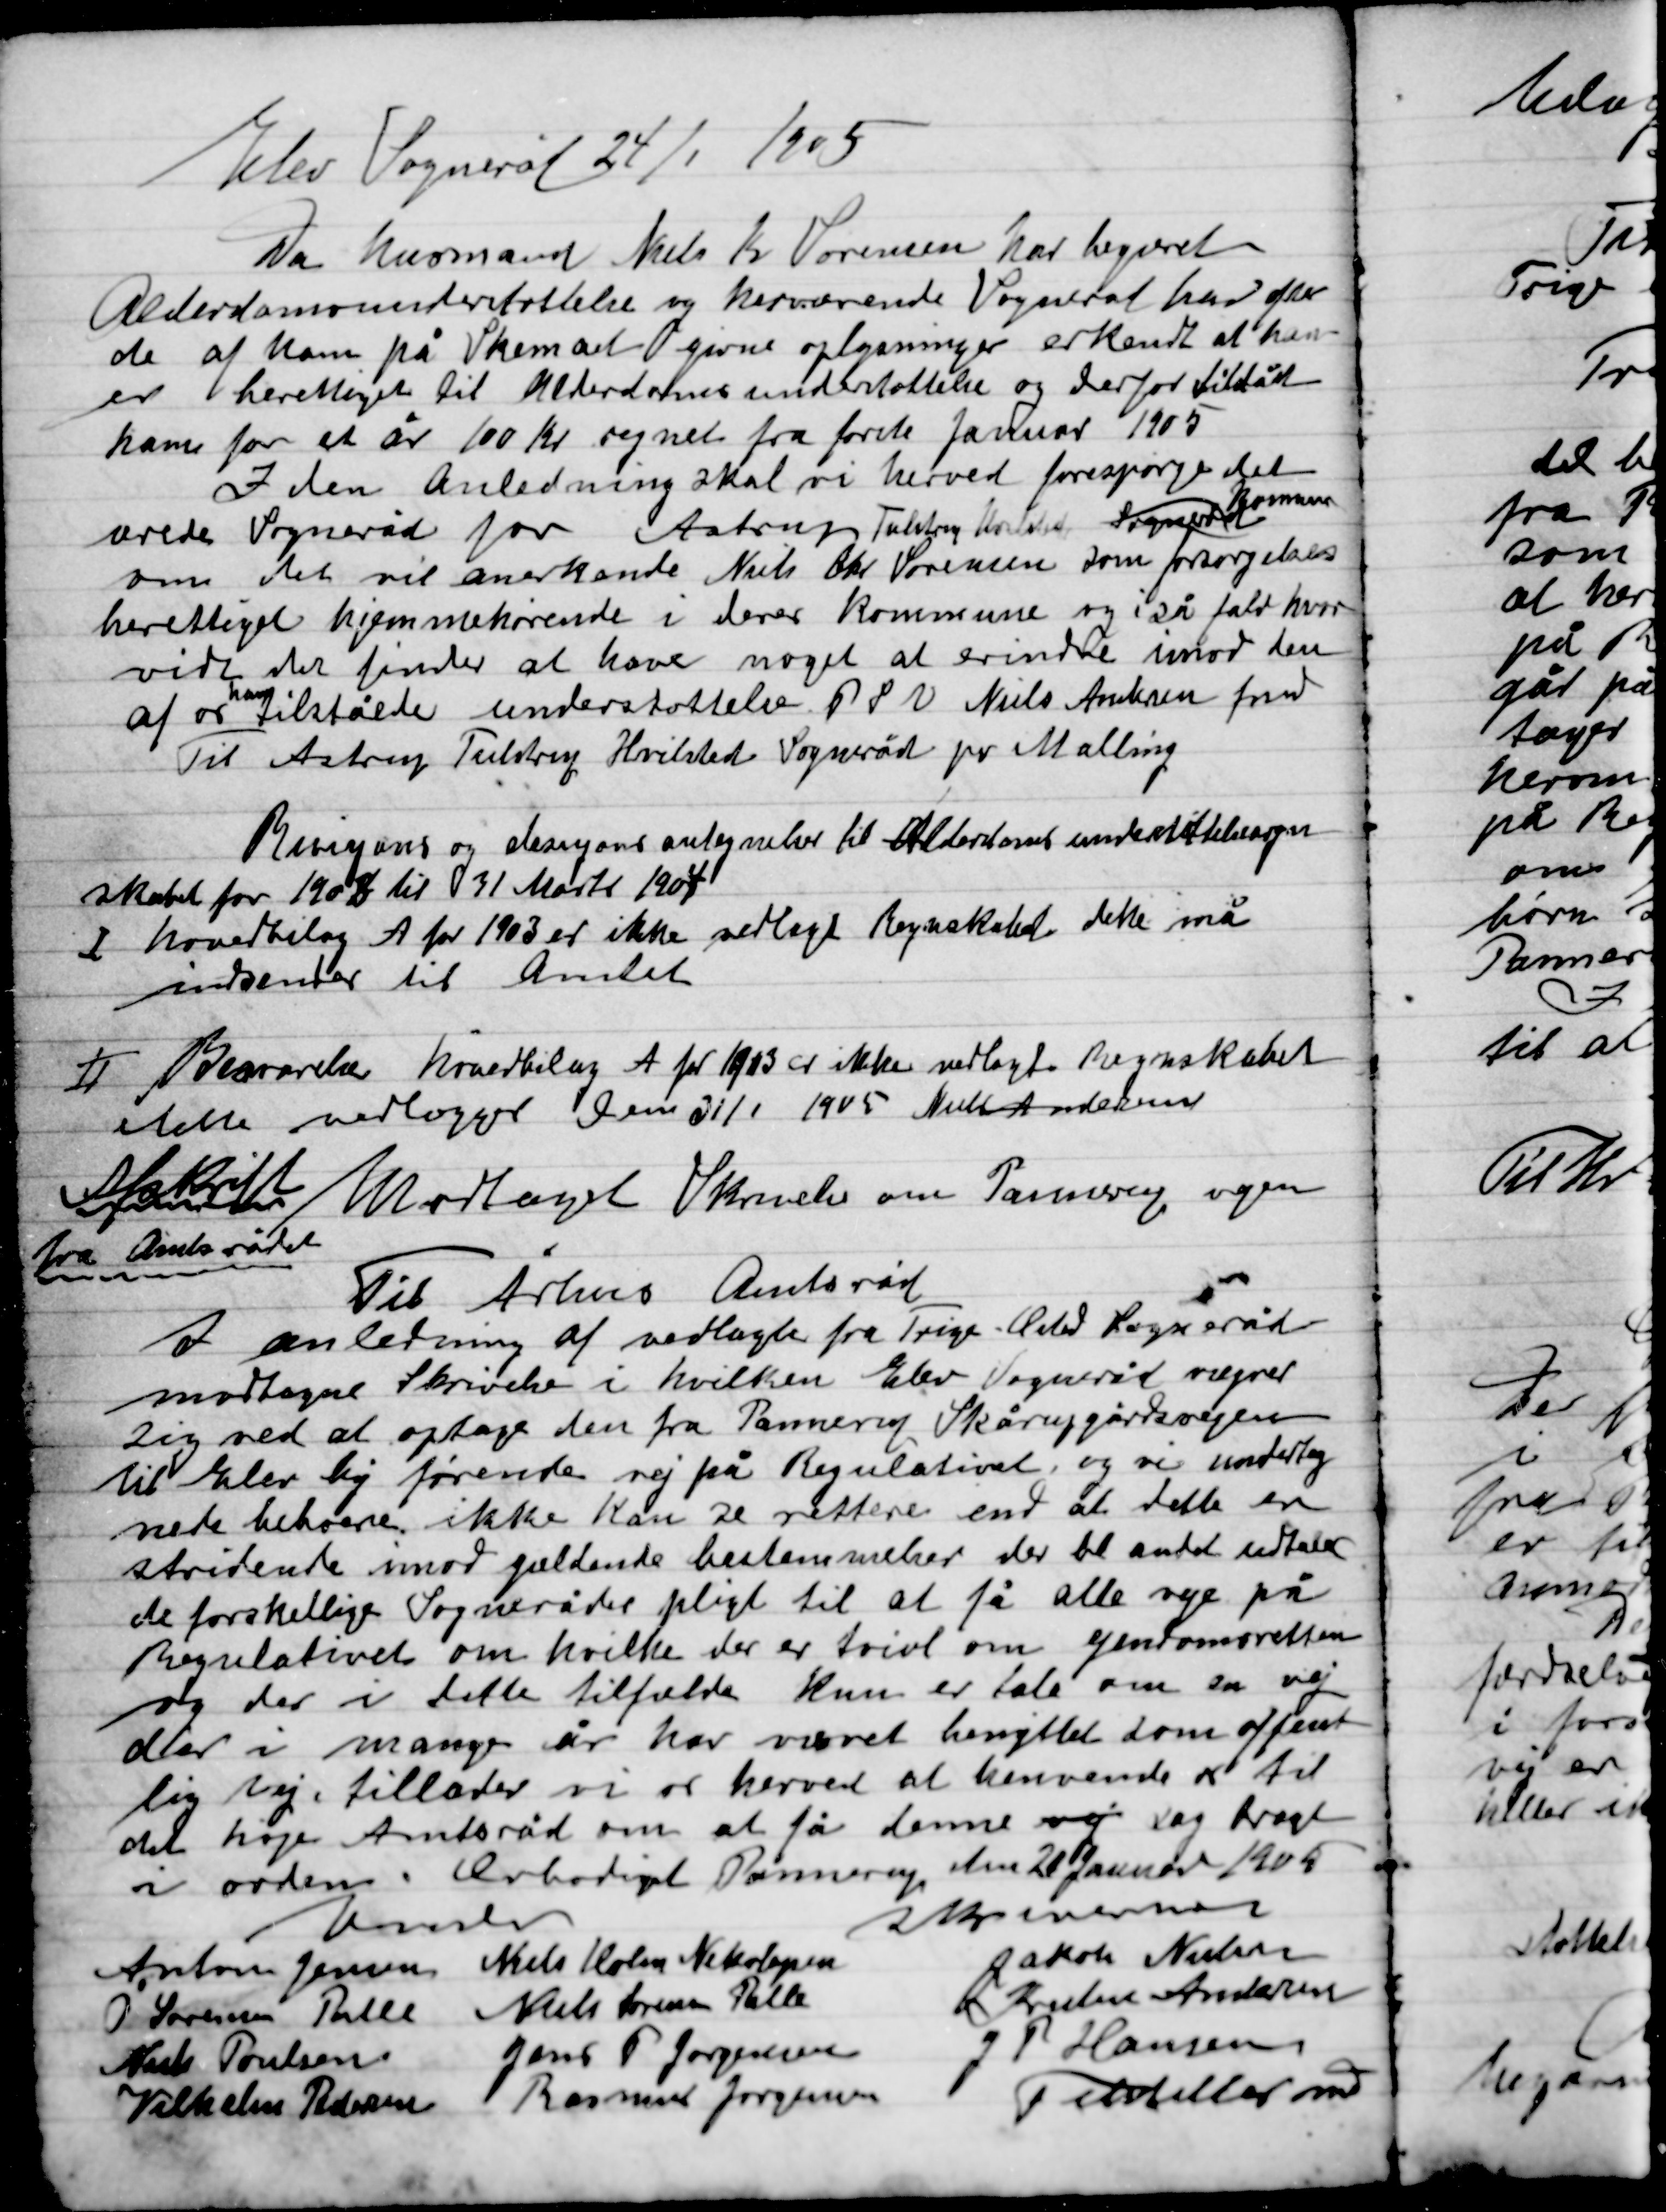
Transskription:
Elev Sogneråd 24/1 1905
Da Husmand Niels Kr. Sørensen har begæret
Alderdomsunderstøttelse og herværende Sogneråd har flere
de af ham på Skemaet givne oplysninger erkendt at han
er berettiget til Alderdomsunderstøttelse og derfor tilstår
ham for et år 100 Kr. regnet fra første Januar 1905
I den Anledning skal vi herved forespørge det
Ærede Sogneråd for Aastrup Tulstrup Hvilsted Sogneråd Kommune
om det vil anerkende Niels Chr. Sørensen som forsørgelses
berettiget hjemmehørende i deres kommune og i så fald hvor-
vidt der finder at have noget at erindre imod den
af os
ham
tilståede understøttelse.
P.S.V. Niels Andersen Fmd.
Til Aastrup Tulstrup Hvilsted sogneråd pr Malling

Begæring og desangående antegnelse til Alderdomsunderstøttelse
Skabet for 1902 til 31 Marts 1904

I

Hovedbilag A for 1903 er ikke vedtaget Regnskabet dette må
Indsendes til Amtet.

II

Besvarelse Hovedbilag A for 1903 er ikke vedtaget Regnskabet
Dette vedlægges Den 31/1 1905 Niels Andersen

Afskrift Modtaget Skrivelse om Pannerup vejen
Fra Amtsrådet

Til Århus Amtsråd
I anledning af vedlagte fra Trige Elsted Sogneråd
Modtaget Skrivelse i hvilken Elev Sogneråd rejser
sig ved at optage den fra Pannerup Skårupgårdvejen
Til Elev Vejen førende vej på Regulativet og vi underteg-
nede beboere ikke kan se rettere end at dette er
Stridende imod gældende bestemmelser der bl. Andet udtaler
de forskellige Sognerådets pligt til at få alle veje på
Regulativet om hvilke der er tvivl om genovervejelse
Sig der i dette tilfælde kun er tale om en vej
Der i mange år har været benyttet som offent-
lig vej tillader vi os herved at henvende os til
det høje amtsråd om at få denne vej sag bragt
i orden. Ærbødigst Pannerup den 20 Januar 1905
Vinter
Skriverne

Anton Jensen
Niels Holm Nekolajsen
Jakob Nielsen
O Sørensen Palle
Niels Sørensen Palle
Kresten Andersen
Niels Poulsen
Jens F. Jørgensen
J.P. Hansen
Vilhelm Pedersen
Rasmus Jørgensen
Tilstiller fmd